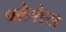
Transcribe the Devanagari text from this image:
फ्लैशेस